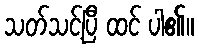
သတ်သင့်ပြီ ထင် ပါ၏။